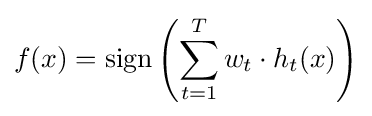
f(x)=\operatorname {sign} \left(\sum _{t=1}^{T}w_{t}\cdot h_{t}(x)\right)